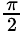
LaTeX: \begin{array}{l}{{\frac{\pi}{2}}}\end{array}